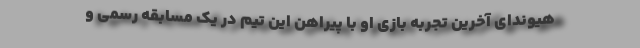
هیوندای آخرین تجربه بازی او با پیراهن این تیم در یک مسابقه رسمی و